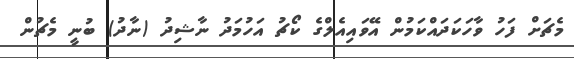
މެޗަށް ފަހު ވާހަކަދައްކަމުން އޭވައިއެލްގެ ކޯޗު އަހުމަދު ނާޝިދު (ނާދު) ބުނީ މެޗުން